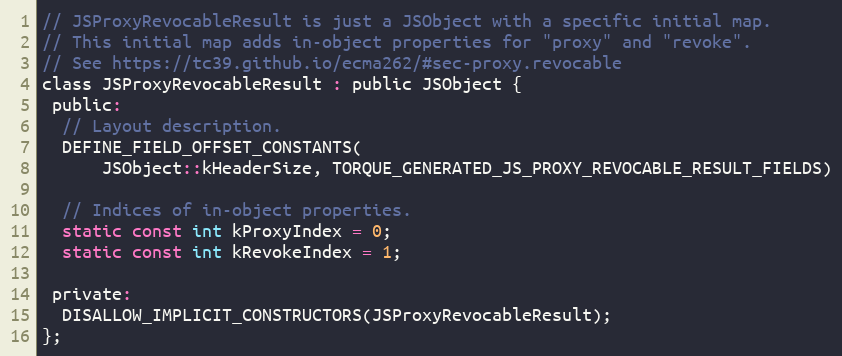
Language: C
// JSProxyRevocableResult is just a JSObject with a specific initial map.
// This initial map adds in-object properties for "proxy" and "revoke".
// See https://tc39.github.io/ecma262/#sec-proxy.revocable
class JSProxyRevocableResult : public JSObject {
 public:
  // Layout description.
  DEFINE_FIELD_OFFSET_CONSTANTS(
      JSObject::kHeaderSize, TORQUE_GENERATED_JS_PROXY_REVOCABLE_RESULT_FIELDS)

  // Indices of in-object properties.
  static const int kProxyIndex = 0;
  static const int kRevokeIndex = 1;

 private:
  DISALLOW_IMPLICIT_CONSTRUCTORS(JSProxyRevocableResult);
};